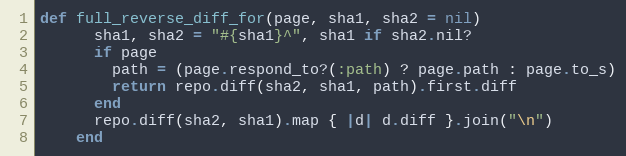
Language: Ruby
def full_reverse_diff_for(page, sha1, sha2 = nil)
      sha1, sha2 = "#{sha1}^", sha1 if sha2.nil?
      if page
        path = (page.respond_to?(:path) ? page.path : page.to_s)
        return repo.diff(sha2, sha1, path).first.diff
      end
      repo.diff(sha2, sha1).map { |d| d.diff }.join("\n")
    end